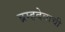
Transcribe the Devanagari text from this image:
ब्रम्हदेवाची